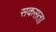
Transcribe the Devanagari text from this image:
सकसता